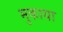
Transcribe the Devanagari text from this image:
मुकाया